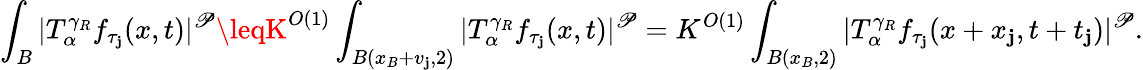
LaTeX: \int_{B}|T_{\alpha}^{\gamma_{R}}f_{\tau_{\mathbf{j}}}(x,t)|^{\mathscr{P}}\leqK^{O(1)}\int_{B(x_{B}+v_{\mathbf{j}},2)}|T_{\alpha}^{\gamma_{R}}f_{\tau_{\mathbf{j}}}(x,t)|^{\mathscr{P}}=K^{O(1)}\int_{B(x_{B},2)}|T_{\alpha}^{\gamma_{R}}f_{\tau_{\mathbf{j}}}(x+x_{\mathbf{j}},t+t_{\mathbf{j}})|^{\mathscr{P}}.